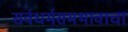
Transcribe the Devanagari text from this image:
सर्वधर्मसमभावाचा